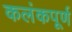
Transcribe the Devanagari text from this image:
कलंकपूर्ण